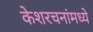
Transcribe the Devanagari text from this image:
केशरचनांमध्ये